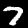
Label: 7